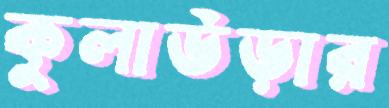
কুলাউড়ার